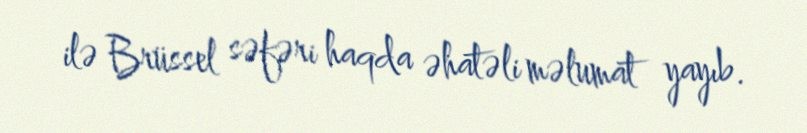
ilə Brüssel səfəri haqda əhatəli məlumat yayıb.